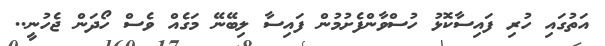
އަތުގައި ހުރި ފައިސާކޮޅު ހުސްވާންފެށުމުން ފައިސާ ލިބޭނޭ މަގެއް ވެސް ހޯދަން ޖެހުނީ..